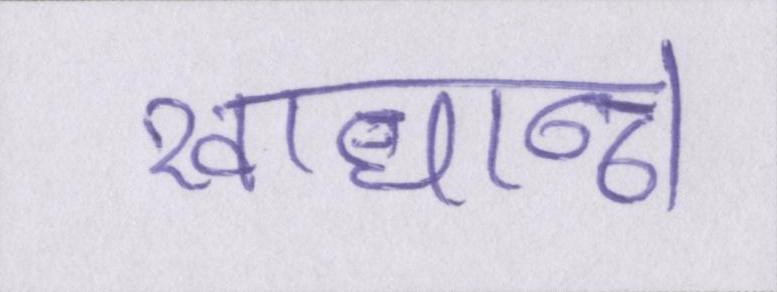
खाधान्न